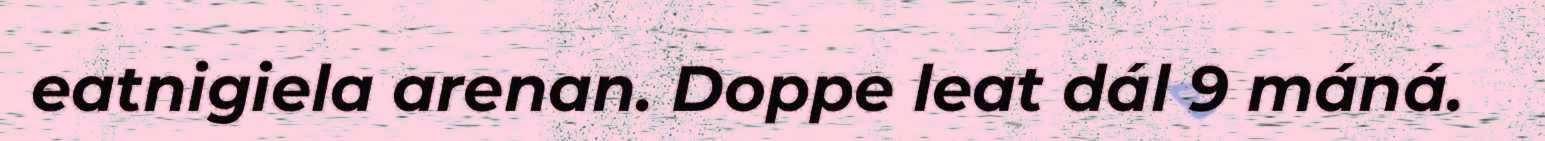
eatnigiela arenan. Doppe leat dál 9 máná.